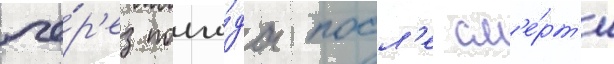
че́р'ез полго́да посл'е см'е́рт'и